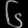
Digit: ၆